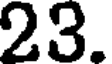
23.